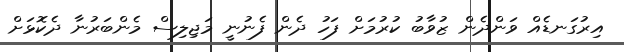
އިރުގަނޑެއް ވަންދެން ޒުވާބު ކުރުމަށް ފަހު ދެން ފެނުނީ މަޖިލިސް މެންބަރުނާ ދެކޮޅަށް